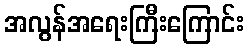
အလွန်အရေးကြီးကြောင်း